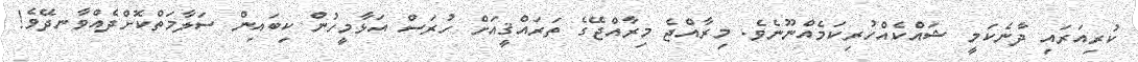
ކުރިއަރައި ދާނެކަމީ ޝައްކެއްހުރިކަމެއްނޫނެވެ. މިރާއްޖެ މިރާއްޖޭގެ ތަރައްޤީއަށް ހުރަސް އަޅާމީހުން ކިބައިން ސަލާމަތްކޮށްދެއްވާނދޭވެ!